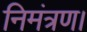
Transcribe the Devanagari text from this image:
निमंत्रण।